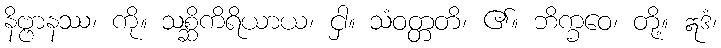
နိဗ္ဗာနဿ၊ ကို။ သစ္ဆိကိရိယာယ၊ ငှါ။ သံဝတ္တတိ၊ ၏။ ဘိက္ခဝေ၊ တို့။ ဣဒံ၊